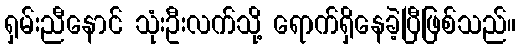
ရှမ်းညီနောင် သုံးဦးလက်သို့ ရောက်ရှိနေခဲ့ပြီဖြစ်သည်။